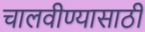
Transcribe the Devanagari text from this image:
चालवीण्यासाठी